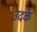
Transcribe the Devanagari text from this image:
उदके